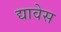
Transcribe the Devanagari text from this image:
द्यावेस